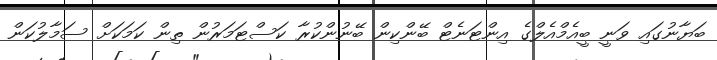
ބަޔާނުގައި ވަނީ ބީއެމްއެލްގެ އިންޓަނެޓް ބޭންކިން ބޭނުންކުރާ ކަސްޓަމަރުން ތިން ކަމަކަށް ސަމާލުކަން